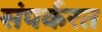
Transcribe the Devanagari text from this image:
संपर्करत